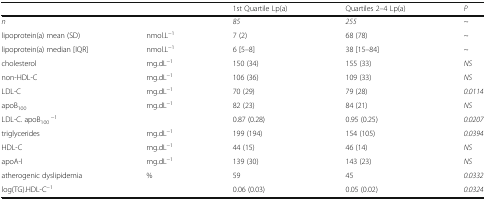
<table><thead><tr><td></td><td></td><td><b>1st Quartile Lp(a)</b></td><td><b>Quartiles 2–4 Lp(a)</b></td><td><b><i>P</i></b></td></tr></thead><tbody><tr><td><i>n</i></td><td></td><td><i>85</i></td><td><i>255</i></td><td>~</td></tr><tr><td>lipoprotein(a) mean (SD)</td><td>nmol.L<sup>−1</sup></td><td>7 (2)</td><td>68 (78)</td><td>~</td></tr><tr><td>lipoprotein(a) median [IQR]</td><td>nmol.L<sup>−1</sup></td><td>6 [5–8]</td><td>38 [15–84]</td><td>~</td></tr><tr><td>cholesterol</td><td>mg.dL<sup>−1</sup></td><td>150 (34)</td><td>155 (33)</td><td><i>NS</i></td></tr><tr><td>non-HDL-C</td><td>mg.dL<sup>−1</sup></td><td>106 (36)</td><td>109 (33)</td><td><i>NS</i></td></tr><tr><td>LDL-C</td><td>mg.dL<sup>−1</sup></td><td>70 (29)</td><td>79 (28)</td><td><i>0.0114</i></td></tr><tr><td>apoB<sub>100</sub></td><td>mg.dL<sup>−1</sup></td><td>82 (23)</td><td>84 (21)</td><td><i>NS</i></td></tr><tr><td>LDL-C. apoB<sub>100</sub><sup>−1</sup></td><td></td><td>0.87 (0.28)</td><td>0.95 (0.25)</td><td><i>0.0207</i></td></tr><tr><td>triglycerides</td><td>mg.dL<sup>−1</sup></td><td>199 (194)</td><td>154 (105)</td><td><i>0.0394</i></td></tr><tr><td>HDL-C</td><td>mg.dL<sup>−1</sup></td><td>44 (15)</td><td>46 (14)</td><td><i>NS</i></td></tr><tr><td>apoA-I</td><td>mg.dL<sup>−1</sup></td><td>139 (30)</td><td>143 (23)</td><td><i>NS</i></td></tr><tr><td>atherogenic dyslipidemia</td><td>%</td><td>59</td><td>45</td><td><i>0.0332</i></td></tr><tr><td>log(TG).HDL-C<sup>−1</sup></td><td></td><td>0.06 (0.03)</td><td>0.05 (0.02)</td><td><i>0.0324</i></td></tr></tbody></table>